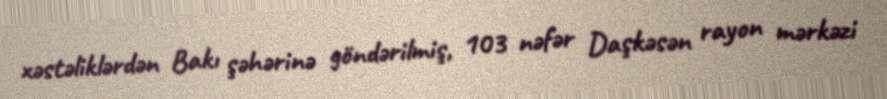
xəstəliklərdən Bakı şəhərinə göndərilmiş, 103 nəfər Daşkəsən rayon mərkəzi